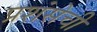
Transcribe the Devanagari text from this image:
प्रशंसेची